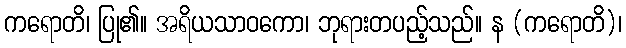
ကရောတိ၊ ပြု၏။ အရိယသာဝကော၊ ဘုရားတပည့်သည်။ န (ကရောတိ)၊